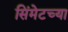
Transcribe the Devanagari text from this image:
सिंमेटच्या